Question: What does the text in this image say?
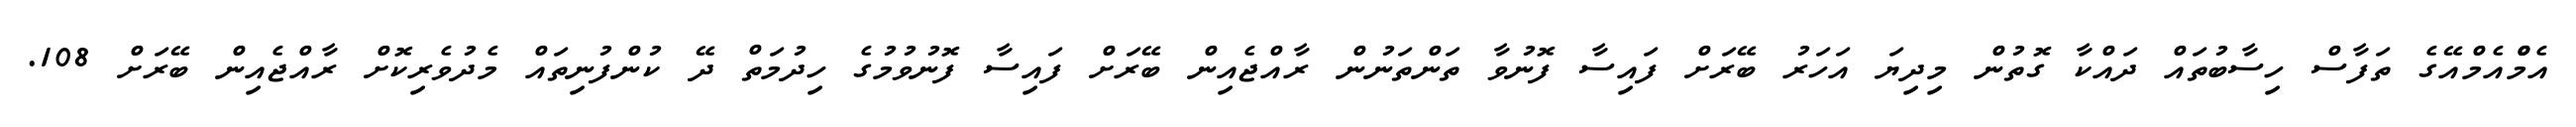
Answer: އެމްްއެމްއޭގެ ތަފާސް ހިސާބުތައް ދައްކާ ގޮތުން މިދިޔަ އަހަރު ބޭރަށް ފައިސާ ފޮނުވާ ތަންތަނުން ރާއްޖެއިން ބޭރަށް ފައިސާ ފޮނުވުމުގެ ހިދުމަތް ދޭ ކުންފުނިތައް މެދުވެރިކޮށް ރާއްޖެއިން ބޭރަށް 108.